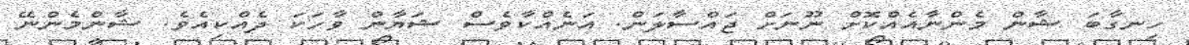
ހިނގާބަ ޝާން މެންނާއެއްކޮށް ނޫނަށް ޖައްސާލަން. އަނެއްކާވެސް ޝަޔާން ވާހަކަ ދެއްކިއެވެ. ޝާންމެންނޭ